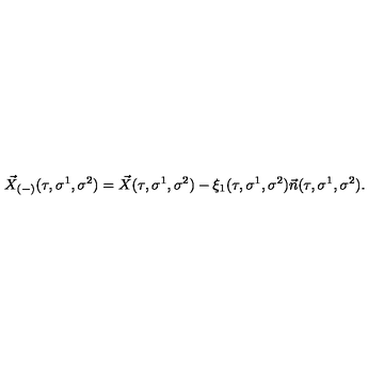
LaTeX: \vec { X } _ { ( - ) } ( \tau , \sigma ^ { 1 } , \sigma ^ { 2 } ) = \vec { X } ( \tau , \sigma ^ { 1 } , \sigma ^ { 2 } ) - \xi _ { 1 } ( \tau , \sigma ^ { 1 } , \sigma ^ { 2 } ) \vec { n } ( \tau , \sigma ^ { 1 } , \sigma ^ { 2 } ) .